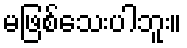
မဖြစ်သေးပါဘူး။